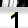
Digit: 1